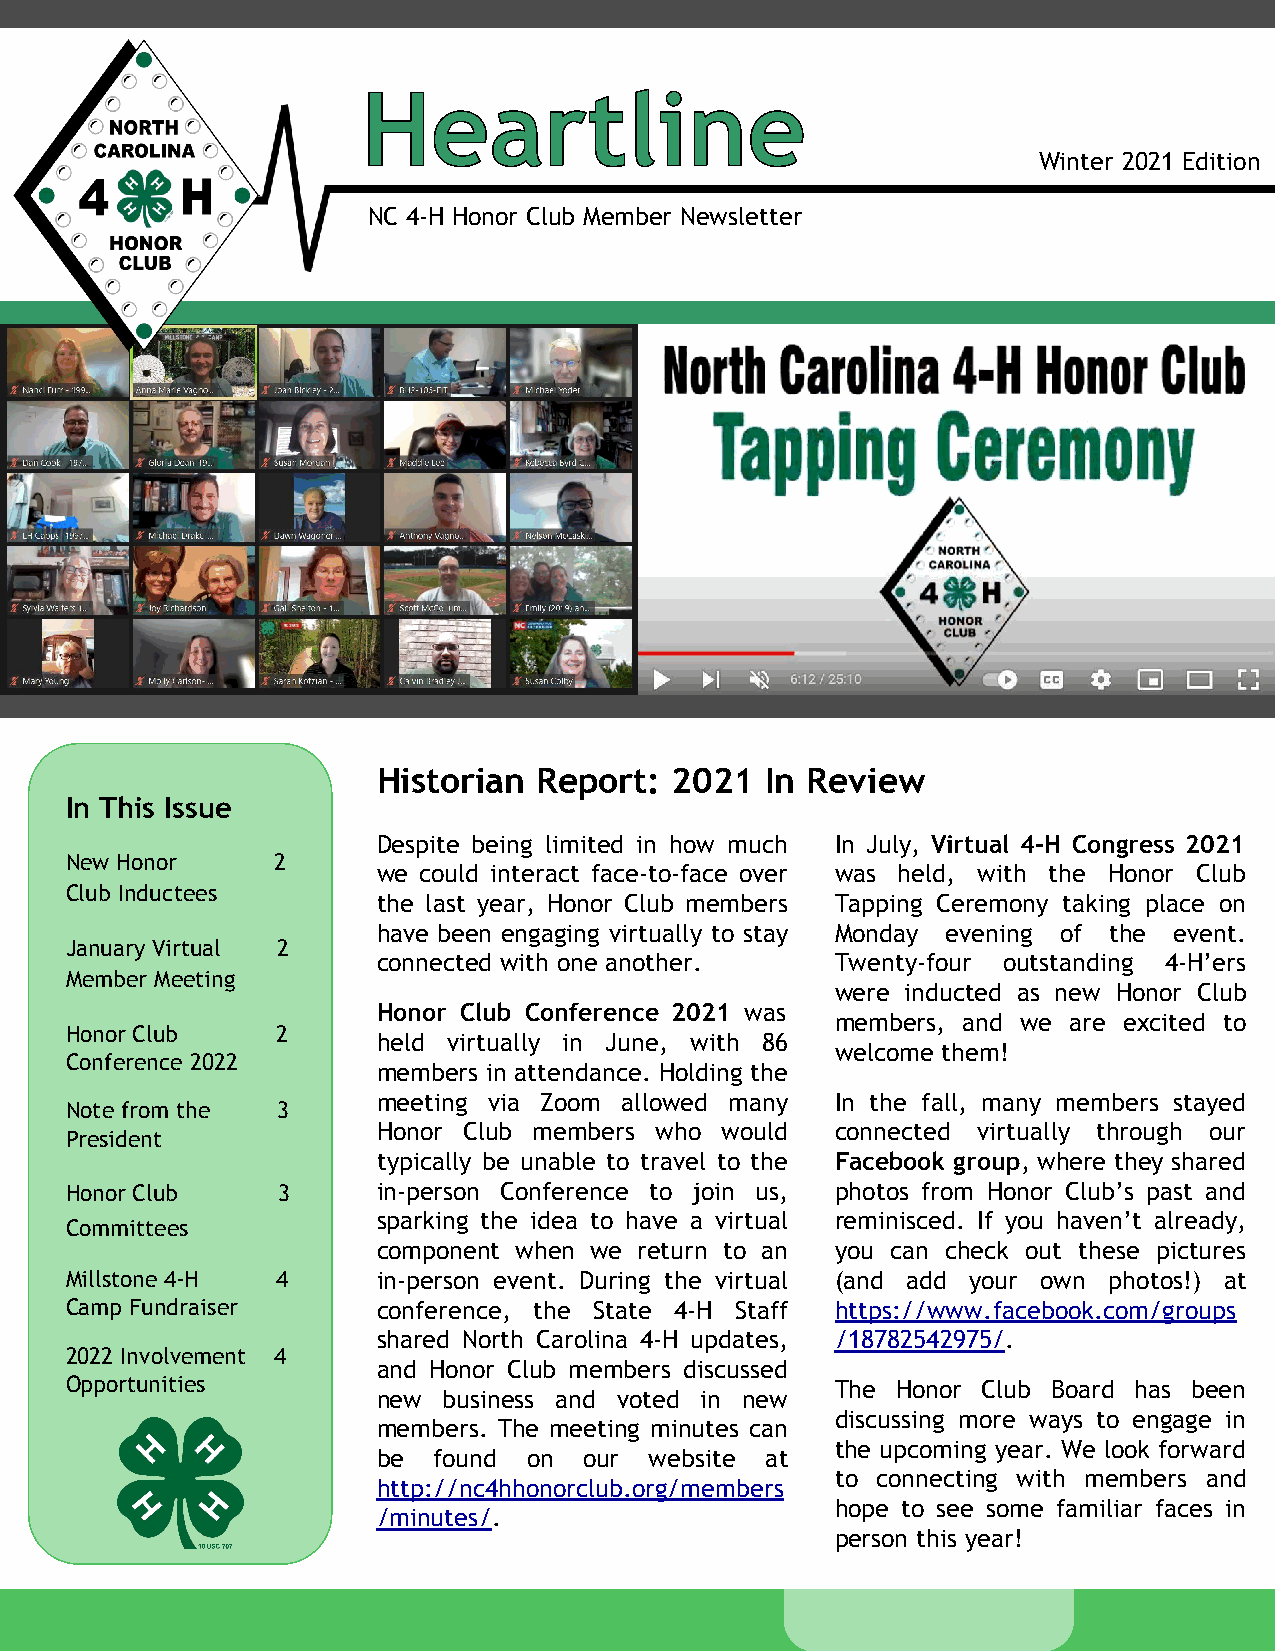
Winter 2021 Edition
 NC 4-H Honor Club Member Newsletter
 Historian  Report: 2021   In Review
 In This Issue
 Despite being limited in how much In July, Virtual 4-H Congress 2021
 New Honor     2
 we could interact face-to-face over was held, with the Honor Club
 Club Inductees
 the last year, Honor Club members Tapping Ceremony taking place on
 have been engaging virtually to stay Monday evening of the event.
 January Virtual 2
 connected with one another.   Twenty-four outstanding 4-H’ers
 Member Meeting
 were inducted as new Honor Club
 Honor Club Conference 2021 was
 members, and we are excited to
 Honor Club    2
 held virtually in June, with 86
 welcome them!
 Conference 2022
 members in attendance. Holding the
 meeting via Zoom allowed many In the fall, many members stayed
 Note from the 3
 Honor Club members who would  connected virtually through our
 President
 typically be unable to travel to the Facebook group, where they shared
 Honor Club    3      in-person Conference to join us, photos from Honor Club’s past and
 sparking the idea to have a virtual reminisced. If you haven’t already,
 Committees
 component when we return to an you can check out these pictures
 Millstone 4-H 4      in-person event. During the virtual (and add your own photos!) at
 Camp Fundraiser      conference, the State 4-H Staff https://www.facebook.com/groups
 shared North Carolina 4-H updates, /18782542975/.
 2022 Involvement 4
 and Honor Club members discussed
 Opportunities                                      The Honor Club Board has been
 new business and voted in new
 discussing more ways to engage in
 members. The meeting minutes can
 the upcoming year. We look forward
 be  found on  our website at
 to connecting with members and
 http://nc4hhonorclub.org/members
 hope to see some familiar faces in
 /minutes/.
 person this year!